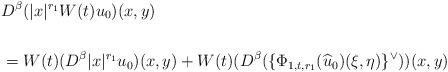
LaTeX: \begin{align*}\begin{aligned}&D^{\beta} (|x|^{r_1} W(t) u_0)(x,y) \\\\&= W(t) (D^{\beta}|x|^{r_1} u_0)(x,y) + W(t)(D^{\beta} (\{ \Phi_{1,t,r_1}(\widehat u_0)(\xi,\eta)\}^{\lor}))(x,y)\end{aligned}\end{align*}